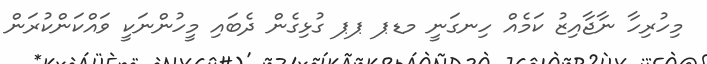
މިހުރިހާ ނާޖާއިޒު ކަމެއް ހިނގަނީ މޑޕ ޕޕ ގުޅިގެން ދެބައި މީހުންނަކީ ވައްކަންކުރަން